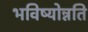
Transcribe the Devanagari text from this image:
भविष्योन्नति